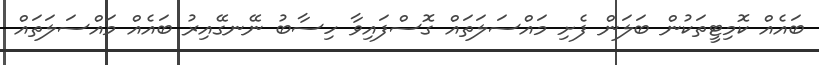
ބައެއް ކޮމިޓީތަކުން ބަލަން ފެށި މައްސަލަތައް ގޮސްފައިވާ ހިސާބު ނޭނގޭއިރު ބައެއް މައްސަލަތައް